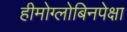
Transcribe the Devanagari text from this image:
हीमोग्लोबिनपेक्षा